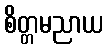
စိတ္တမညာယ